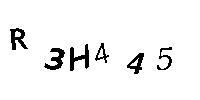
R3H445